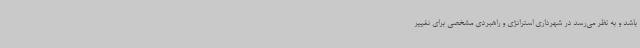
باشد و به نظر می‌رسد در شهرداری استراتژی و راهبردی مشخصی برای تغییر